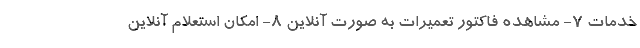
خدمات 7- مشاهده فاکتور تعمیرات به صورت آنلاین 8- امکان استعلام آنلاین